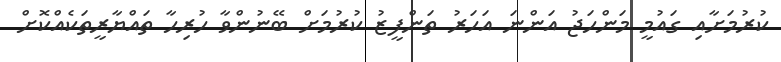
ކުރުމަށާއި ގައުމީ މަންހަޖު އަންނަ އަހަރު ތަންފީޒު ކުރުމަށް ބޭނުންވާ ހުރިހާ ތައްޔާރީތަކެއްކޮށް